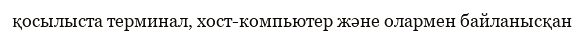
қосылыста терминал, хост-компьютер және олармен байланысқан